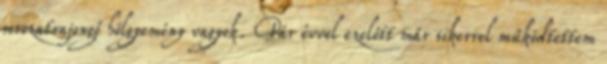
sorozatrajongó hölgyemény vagyok. Pár évvel ezelőtt már sikerrel működtettem